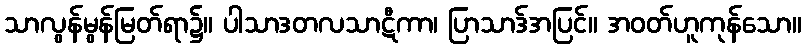
သာလွန်မွန်မြတ်ရာ၌။ ပါသာဒတလသာဋီကာ၊ ပြာသာဒ်အပြင်။ အဝတ်ဟူကုန်သော။